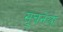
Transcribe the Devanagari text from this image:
सूचनेला